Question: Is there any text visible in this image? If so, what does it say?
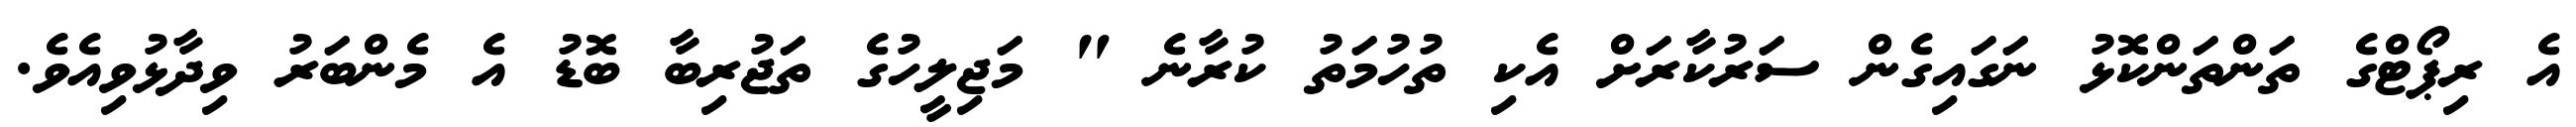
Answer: އެ ރިޕޯޓްގެ ތަންތަންކޮޅު ނަގައިގެން ސަރުކާރަށް އެކި ތުހުމަތު ކުރާނެ " މަޖިލީހުގެ ތަޖުރިބާ ބޮޑު އެ މެންބަރު ވިދާޅުވިއެވެ.